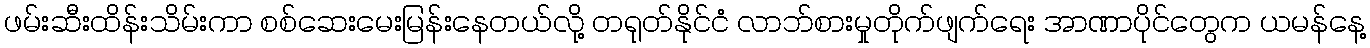
ဖမ်းဆီးထိန်းသိမ်းကာ စစ်ဆေးမေးမြန်းနေတယ်လို့ တရုတ်နိုင်ငံ လာဘ်စားမှုတိုက်ဖျက်ရေး အာဏာပိုင်တွေက ယမန်နေ့